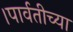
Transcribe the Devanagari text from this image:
।पार्वतीच्या